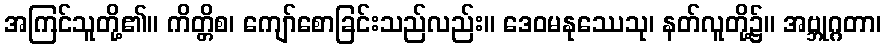
အကြင်သူတို့၏။ ကိတ္တိစ၊ ကျော်စောခြင်းသည်လည်း။ ဒေဝမနုဿေသု၊ နတ်လူတို့၌။ အဗ္ဘုဂ္ဂတာ၊